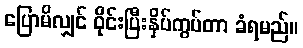
ပြောမိလျှင် ဝိုင်းပြီးနှိပ်ကွပ်တာ ခံရမည်။